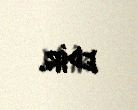
edir.